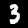
Digit: 3